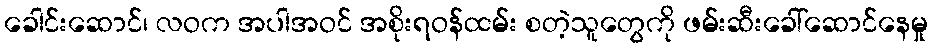
ခေါင်းဆောင်၊ လဝက အပါအဝင် အစိုးရဝန်ထမ်း စတဲ့သူတွေကို ဖမ်းဆီးခေါ်ဆောင်နေမှု